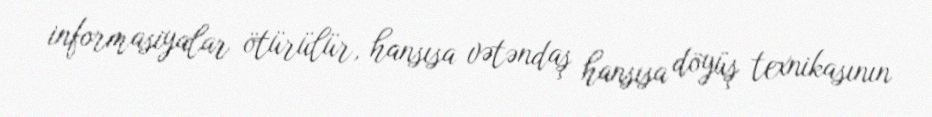
informasiyalar ötürülür, hansısa vətəndaş hansısa döyüş texnikasının